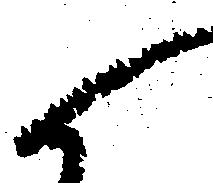
候